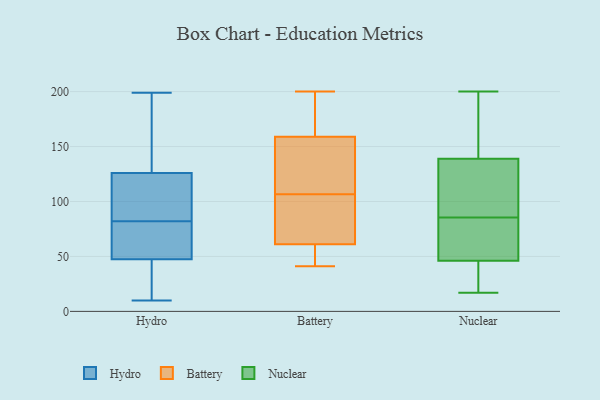
{"axis": {"x": "Customer Acquisition Cost (USD)", "y": "Value"}, "legend": ["Battery", "Hydro", "Nuclear"], "data": [{"x": "", "y": 50, "type": "Hydro"}, {"x": "", "y": 82, "type": "Hydro"}, {"x": "", "y": 10, "type": "Hydro"}, {"x": "", "y": 191, "type": "Hydro"}, {"x": "", "y": 97, "type": "Hydro"}, {"x": "", "y": 81, "type": "Hydro"}, {"x": "", "y": 40, "type": "Hydro"}, {"x": "", "y": 27, "type": "Hydro"}, {"x": "", "y": 109, "type": "Hydro"}, {"x": "", "y": 199, "type": "Hydro"}, {"x": "", "y": 177, "type": "Hydro"}, {"x": "", "y": 59, "type": "Hydro"}, {"x": "", "y": 105, "type": "Hydro"}, {"x": "", "y": 62, "type": "Battery"}, {"x": "", "y": 200, "type": "Battery"}, {"x": "", "y": 191, "type": "Battery"}, {"x": "", "y": 149, "type": "Battery"}, {"x": "", "y": 41, "type": "Battery"}, {"x": "", "y": 55, "type": "Battery"}, {"x": "", "y": 159, "type": "Battery"}, {"x": "", "y": 61, "type": "Battery"}, {"x": "", "y": 70, "type": "Battery"}, {"x": "", "y": 143, "type": "Battery"}, {"x": "", "y": 86, "type": "Nuclear"}, {"x": "", "y": 181, "type": "Nuclear"}, {"x": "", "y": 18, "type": "Nuclear"}, {"x": "", "y": 91, "type": "Nuclear"}, {"x": "", "y": 81, "type": "Nuclear"}, {"x": "", "y": 35, "type": "Nuclear"}, {"x": "", "y": 85, "type": "Nuclear"}, {"x": "", "y": 17, "type": "Nuclear"}, {"x": "", "y": 55, "type": "Nuclear"}, {"x": "", "y": 46, "type": "Nuclear"}, {"x": "", "y": 23, "type": "Nuclear"}, {"x": "", "y": 93, "type": "Nuclear"}, {"x": "", "y": 147, "type": "Nuclear"}, {"x": "", "y": 185, "type": "Nuclear"}, {"x": "", "y": 75, "type": "Nuclear"}, {"x": "", "y": 102, "type": "Nuclear"}, {"x": "", "y": 139, "type": "Nuclear"}, {"x": "", "y": 200, "type": "Nuclear"}]}